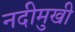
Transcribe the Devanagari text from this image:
नदीमुखी